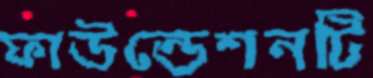
ফাউন্ডেশনটি